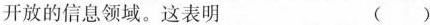
开放的信息领域。这表明 ()